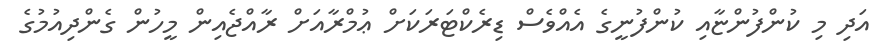
އަދި މި ކުންފުންޏާއި ކުންފުނީގެ އެއްވެސް ޑިރެކްޓަރަކަށް ޢުމްރާއަށް ރާއްޖެއިން މީހުން ގެންދިއުމުގެ